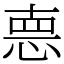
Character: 𢛳